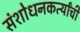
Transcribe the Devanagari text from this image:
संशोधनकर्त्यांची